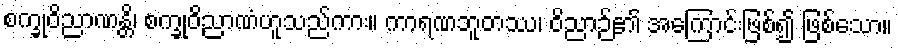
စက္ခုဝိညာဏန္တိ၊ စက္ခုဝိညာဏံဟူသည်ကား။ ကာရဏဘူတဿ၊ ဝိညာဉ်၏ အကြောင်းဖြစ်၍ ဖြစ်သော။